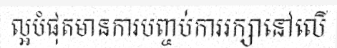
ល្អបំផុតមានការបញ្ចប់ការរក្សានៅលើ